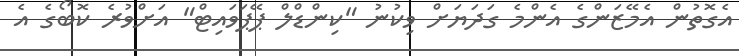
އެގޮތުން އެމޭޒަންގެ އެންމެ ގަދަޔަށް ވިކުނު "ކިންޑްލް ޕޭޕަވައިޓް" އަށްވުރެ ކޮބޯގެ އެ